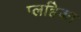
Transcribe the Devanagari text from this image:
प्लहिका